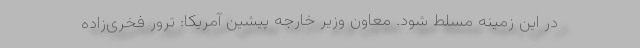
در این زمینه مسلط شود. معاون وزیر خارجه پیشین آمریکا: ترور فخری‌زاده